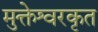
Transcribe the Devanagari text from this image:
मुक्तेश्वरकृत